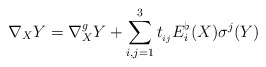
\begin{align*}\nabla_{X}Y=\nabla^{g}_{X}Y+\sum_{i,j=1}^{3}t_{_{ij}}E_{i}^{\flat}(X)\sigma^{j}(Y)\end{align*}